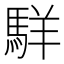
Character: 𩣆